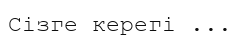
Сізге керегі ...